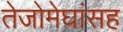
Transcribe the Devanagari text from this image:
तेजोमेघांसह